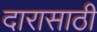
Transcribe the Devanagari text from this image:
दारासाठी